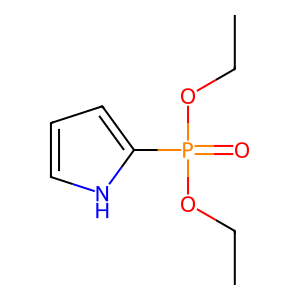
SMILES: CCOP(=O)(OCC)c1ccc[nH]1
Inhibits HIV replication: No